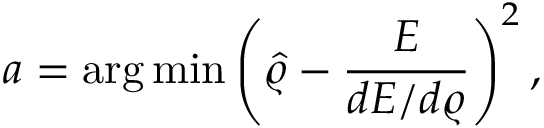
a = \arg \operatorname* { m i n } \left( \hat { \varrho } - \frac { E } { d E / d \varrho } \right) ^ { 2 } ,